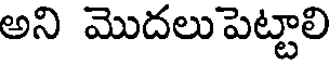
అని మొదలు పెట్టాలి